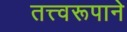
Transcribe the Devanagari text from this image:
तत्त्वरूपाने